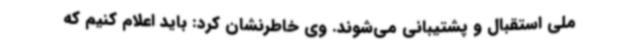
ملی استقبال و پشتیبانی می‌شوند. وی خاطرنشان کرد: باید اعلام کنیم که